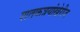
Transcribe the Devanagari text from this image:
शतकत्रयांखेरीज